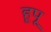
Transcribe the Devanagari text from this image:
हूपू